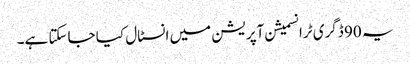
یہ 90 ڈگری ٹرانسمیشن آپریشن میں انسٹال کیا جاسکتا ہے۔